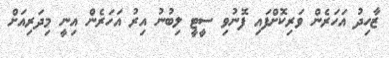
ޒާހިދު އަހަރެން ވަރިކޮށްފައި ފޮނުވި ސީޓީ ލިބުނު އިރު އަހަރެން އިނީ މިދަރިއަށް